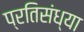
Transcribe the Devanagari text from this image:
प्रतिसंध्या